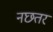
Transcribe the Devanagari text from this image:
नछतर